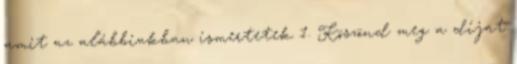
amit az alábbiakban ismertetek 1. Köszönd meg a díjat